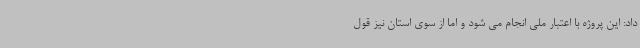
داد: این پروژه با اعتبار ملی انجام می شود و اما از سوی استان نیز قول